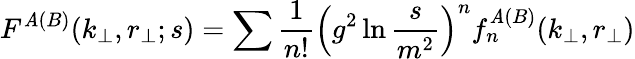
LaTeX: F^{\mathit{A}(B)}(k_{\perp},r_{\perp};s)=\sum{\frac{{1}}{{n!}}}\left(g^{2}\ln{\frac{{s}}{{m^{2}}}}\right)^{n}f_{n}^{\mathit{A}(B)}(k_{\perp},r_{\perp})